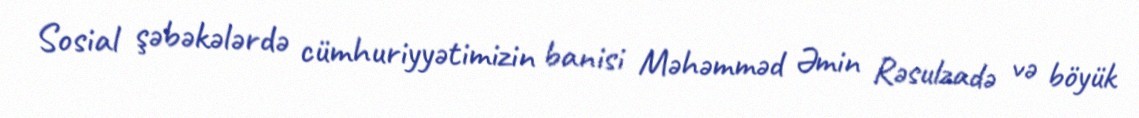
Sosial şəbəkələrdə cümhuriyyətimizin banisi Məhəmməd Əmin Rəsulzadə və böyük